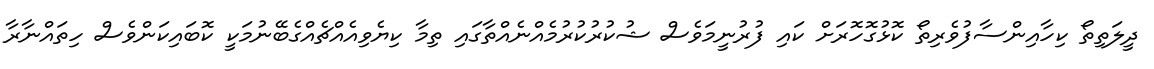
ދީލަތިތޯ ކިހާއިންސާފުވެރިތޯ ކޮޅުގޮހޮރަށް ކަައި ފުރުނީމަވެސް ޝުކުރުކުރުމެއްނެއްތާގައި ތިމާ ކިޔެވިއެއްޗެއްގެބޭނުމަކީ ކޮބައިކަންވެސް ހިތައްނާރާ